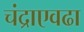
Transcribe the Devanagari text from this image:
चंद्राएवढा